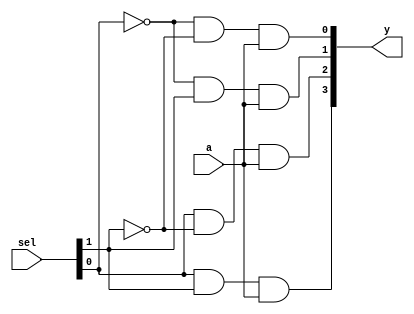
module demultiplexer(input a, input [1:0] sel, output [3:0] y);
  assign y[0] = ~sel[0] & ~sel[1] & a;
  assign y[1] = ~sel[0] &  sel[1] & a;
  assign y[2] =  sel[0] & ~sel[1] & a;
  assign y[3] =  sel[0] &  sel[1] & a;
endmodule